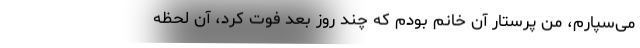
می‌سپارم، من پرستار آن خانم بودم که چند روز بعد فوت کرد، آن لحظه